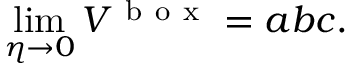
\operatorname* { l i m } _ { \eta \to 0 } V ^ { \mathrm { ~ b ~ o ~ x ~ } } = a b c .